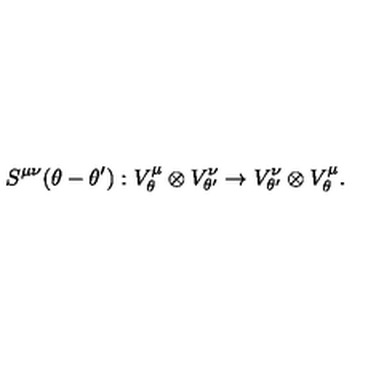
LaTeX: S ^ { \mu \nu } ( \theta - \theta ^ { \prime } ) : V _ { \theta } ^ { \mu } \otimes V _ { \theta ^ { \prime } } ^ { \nu } \rightarrow V _ { \theta ^ { \prime } } ^ { \nu } \otimes V _ { \theta } ^ { \mu } .